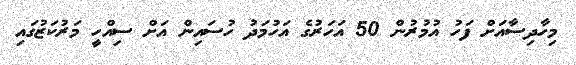
މިހާދިސާއަށް ފަހު އުމުރުން 50 އަހަރުގެ އަހުމަދު ހުސައިން އަށް ސިއްހީ މަރުކަޒުގައި